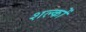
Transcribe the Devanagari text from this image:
शल्‍कों